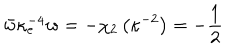
\bar { w } \kappa _ { e } ^ { - 4 } w = - \chi _ { 2 } \left( \kappa ^ { - 2 } \right) = - \frac { 1 } { 2 }